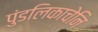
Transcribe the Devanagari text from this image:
पुंडलिकाचेनि